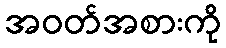
အဝတ်အစားကို